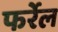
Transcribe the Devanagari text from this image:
फर्रेल